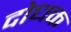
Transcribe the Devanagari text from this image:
दोधक